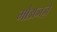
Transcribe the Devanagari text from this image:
मौअजज़े